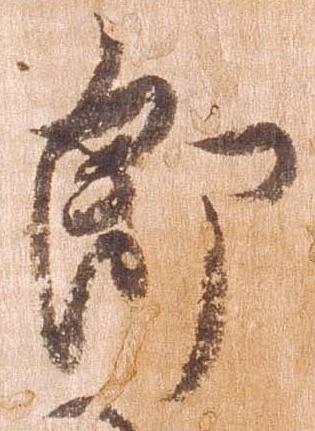
郎